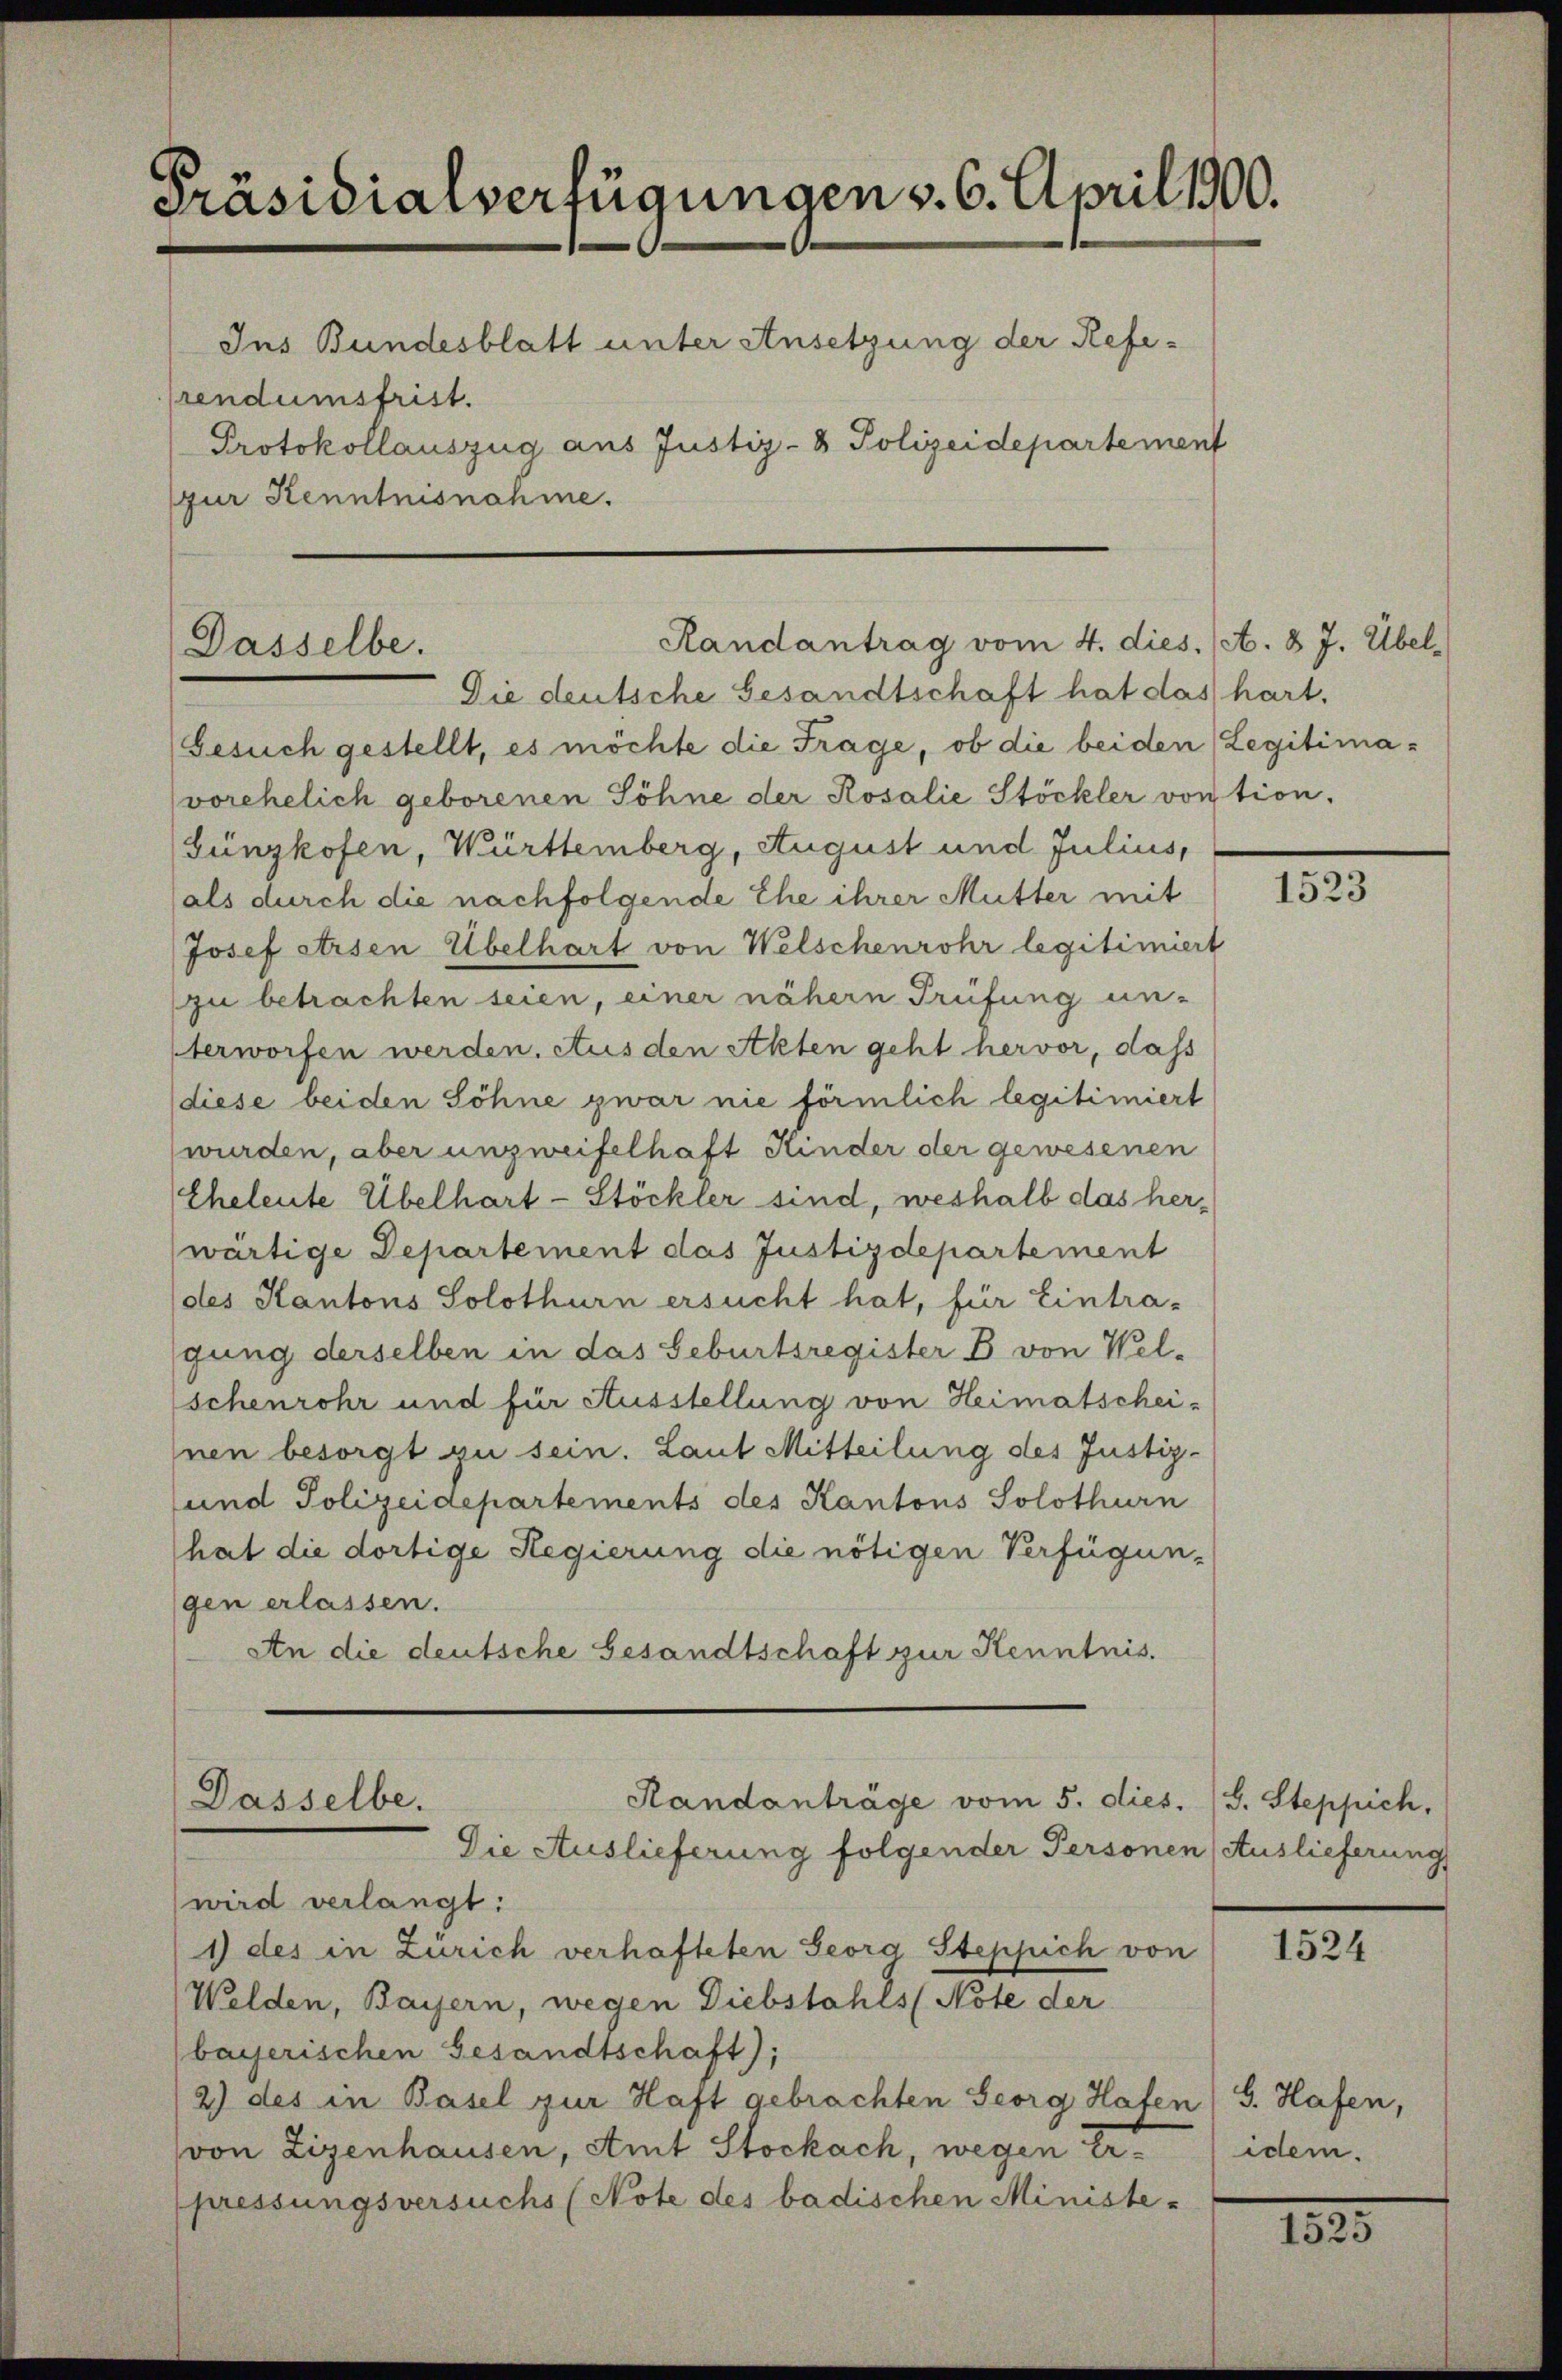
Präsidialverfügungen v. 6. April 1900.
Ins Bundesblatt unter Ansetzung der Refeprendumsfrist.
Protokollauszug aus Justiz- & Polizeidepartement
(zur Kenntnisnahme.

Dasselbe.
Die deutsche Gesandtschaft hat das hart.

Randanträge vom 5. dies
Dasselbe.
Die Auslieferung folgender Personen (Auslieferung

Randantrag vom 4. dies. (A. 8 J. Übel-

(Gesuch gestellt, es möchte die Frage, ob die beiden (Legitimavorehelich geborenen Söhne der Rosalie Stöckler von tion.
Günzkofen, Württemberg, August und Julius,
als durch die nachfolgende Ehe ihrer Mutter mit
Josef Arsen Übelhart von Welschenrohr legitimiert
zu betrachten seien, einer nähern Prüfung un-
terworfen werden. Aus den Akten geht hervor, dass
(diese beiden Söhne zwar nie förmlich legitimiert
wurden, aber unzweifelhaft Kinder der gewesenen
Eheleute Übelhart-Stöckler sind, weshalb das her-
wärtige Departement das Justizdepartement
des Kantons Solothurn ersucht hat, für Eintra-
gung derselben in das Geburtsregister B. von Welschenrohr und für Ausstellung von Heimatscheinen besorgt zu sein. Laut Mitteilung des Justiz-
und Polizeidepartements des Kantons Solothurn
hat die dortige Regierung die nötigen Verfügungen erlassen.
An die deutsche Gesandtschaft zur Kenntnis.

wird verlangt:
1) des in Zürich verhafteten Georg Steppich von
Welden, Bayern, wegen Diebstahls (Note der
bayerischen Gesandtschaft);
2) des in Basel zur Haft gebrachten Georg Hafen (S. Hafen,
von Zizenhausen, Amt Stockach, wegen Er
pressungsversuchs (Note des badischen Ministe-

1523

B. Steppich,

1524

idem.

1525